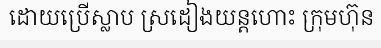
ដោយប្រើស្លាប ស្រដៀងយន្តហោះ ក្រុមហ៊ុន